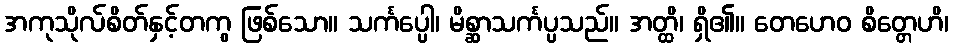
အကုသိုလ်စိတ်နှင့်တကွ ဖြစ်သော။ သင်္ကပ္ပေါ၊ မိစ္ဆာသင်္ကပ္ပသည်။ အတ္ထိ၊ ရှိ၏။ တေဟေဝ စိတ္တေဟိ၊